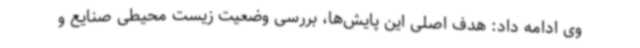
وی ادامه داد: هدف اصلی این پایش‌ها، بررسی وضعیت زیست محیطی صنایع و